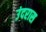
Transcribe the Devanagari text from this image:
उंदरास